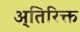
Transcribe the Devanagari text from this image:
अ्तिरिक्त